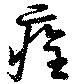
痊